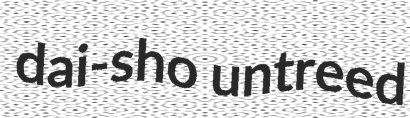
dai-sho untreed